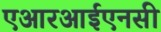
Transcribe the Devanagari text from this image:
एआरआईएनसी